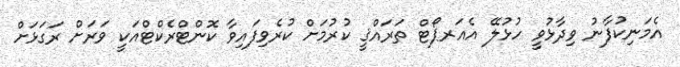
އެމަނިކުފާނު ވިދާޅުވީ ހުޅުލޭ އެއަރޕޯޓް ތަރައްޤީ ކުރުމަށް ކުރެވިފައިވާ ކޮންޓްރެކްޓްއަކީ ވަރަށް ރަގަޅަށް